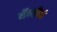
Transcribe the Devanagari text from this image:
मॅन्सीने